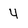
Character: 4